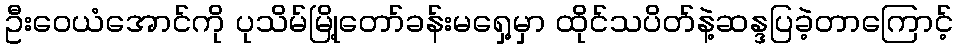
ဦးဝေယံအောင်ကို ပုသိမ်မြို့တော်ခန်းမရှေ့မှာ ထိုင်သပိတ်နဲ့ဆန္ဒပြခဲ့တာကြောင့်